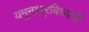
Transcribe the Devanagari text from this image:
यमुनापूरविध्वंसी